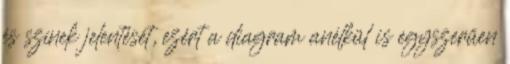
és színek jelentését, ezért a diagram anélkül is egyszerűen